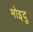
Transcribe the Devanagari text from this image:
मोइदु